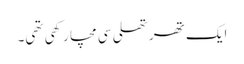
ایک تھرتھلی سی مچا رکھی تھی۔